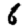
Digit: 6